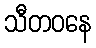
သီတဝနေ